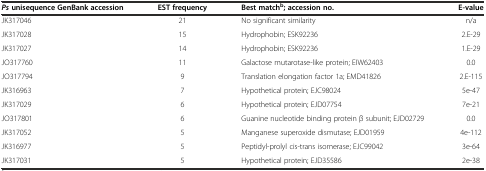
| Psunisequence GenBank accession | EST frequency | Best matchb; accession no. | E-value |
 | --- | --- | --- | --- |
 | JK317046 | 21 | No significant similarity | n/a |
 | JK317028 | 15 | Hydrophobin; ESK92236 | 2.E-29 |
 | JK317027 | 14 | Hydrophobin; ESK92236 | 1.E-29 |
 | JO317760 | 11 | Galactose mutarotase-like protein; EIW62403 | 0.0 |
 | JO317794 | 9 | Translation elongation factor 1a; EMD41826 | 2.E-115 |
 | JK316963 | 7 | Hypothetical protein; EJC98024 | 5e-47 |
 | JK317029 | 6 | Hypothetical protein; EJD07754 | 7e-21 |
 | JO317801 | 6 | Guanine nucleotide binding protein β subunit; EJD02729 | 0.0 |
 | JK317052 | 5 | Manganese superoxide dismutase; EJD01959 | 4e-112 |
 | JK316977 | 5 | Peptidyl-prolyl cis-trans isomerase; EJC99042 | 3e-64 |
 | JK317031 | 5 | Hypothetical protein; EJD35586 | 2e-38 |